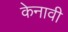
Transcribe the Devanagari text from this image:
केनावी